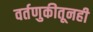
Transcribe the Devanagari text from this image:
वर्तणुकीतूनही